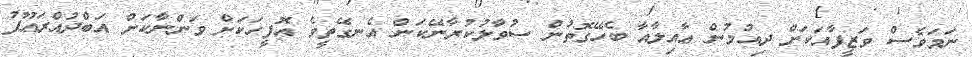
ނަމަވެސް ވަޒީފާއަކަށް ދިއުމުން ޢާއިލާއާ ބެހޭގޮތުން ސުވާލުކުރާނޭކަން އެނގޭތީވެ އޮފީހަކަށް ވަންނާކަށް އަބްދުއްރަޢޫފު